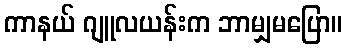
ကာနယ် ဂျူလယန်းက ဘာမျှမပြော။